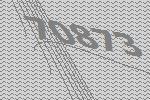
70873